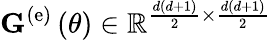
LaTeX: {\mathbf G}^{\left(\mathrm{e}\right)}\left(\theta\right)\in\mathbb{R}^{\frac{d\left(d+1\right)}{2}\times\frac{d\left(d+1\right)}{2}}